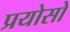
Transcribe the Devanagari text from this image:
प्रयोसो